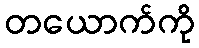
တယောက်ကို